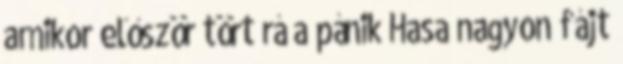
amikor először tört rá a pánik Hasa nagyon fájt